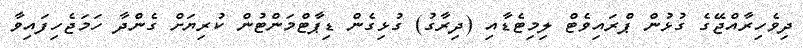
ދިވެހިރާއްޖޭގެ ގުޅުން ޕްރައިވެޓް ލިމިޓެޑާއި (ދިރާގު) ގުޅިގެން ޑިޕާޓްމަންޓުން ކުރިޔަށް ގެންދާ ހަމަޖެހިފައިވާ